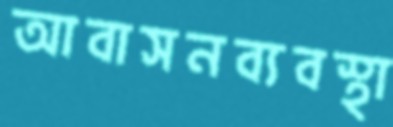
আবাসনব্যবস্থা